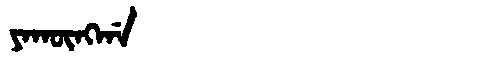
Manchu: ᠶᠠᡴᡡᠩᡤᠠ
Romanization: YAKŪNGGA